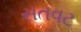
સતવટ